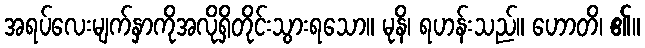
အရပ်လေးမျက်နှာကိုအလိုရှိတိုင်းသွားရသော။ မုနိ၊ ရဟန်းသည်။ ဟောတိ၊ ၏။